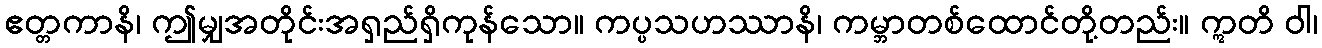
ဧတ္တကာနိ၊ ဤမျှအတိုင်းအရှည်ရှိကုန်သော။ ကပ္ပသဟဿာနိ၊ ကမ္ဘာတစ်ထောင်တို့တည်း။ ဣတိ ဝါ၊